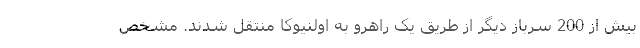
بیش از 200 سرباز دیگر از طریق یک راهرو به اولنیوکا منتقل شدند. مشخص